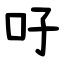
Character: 吇